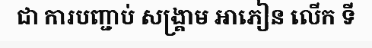
ជា ការបញ្ជាប់ សង្គ្រាម អាភៀន លើក ទី